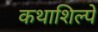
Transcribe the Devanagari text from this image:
कथाशिल्पे